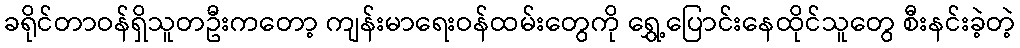
ခရိုင်တာဝန်ရှိသူတဦးကတော့ ကျန်းမာရေးဝန်ထမ်းတွေကို ရွှေ့ပြောင်းနေထိုင်သူတွေ စီးနင်းခဲ့တဲ့